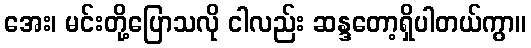
အေး၊ မင်းတို့ပြောသလို ငါလည်း ဆန္ဒတော့ရှိပါတယ်ကွာ။